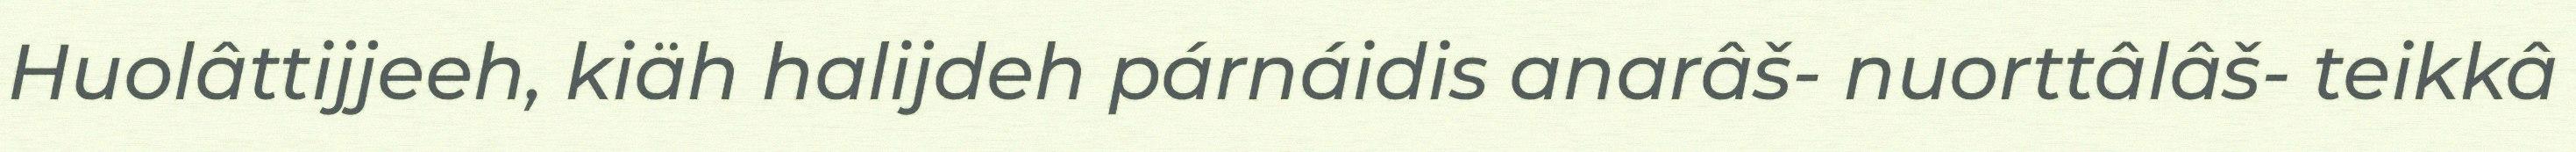
Huolâttijjeeh, kiäh halijdeh párnáidis anarâš- nuorttâlâš- teikkâ